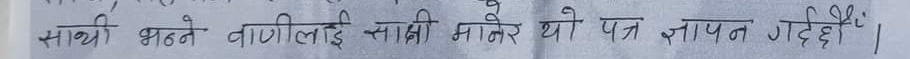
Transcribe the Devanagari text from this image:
साथी भट्टे वाणीलाई साक्षी मानेर यो पत्र ज्ञापन गर्दैछौँ।